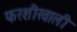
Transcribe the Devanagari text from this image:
फरशीखाली